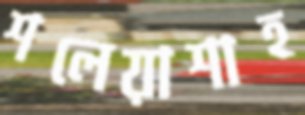
শলেয়াশাহ